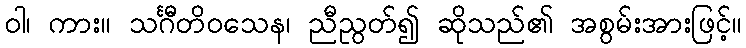
ဝါ၊ ကား။ သင်္ဂီတိဝသေန၊ ညီညွတ်၍ ဆိုသည်၏ အစွမ်းအားဖြင့်။